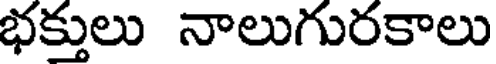
భక్తులు నాలుగురకాలు